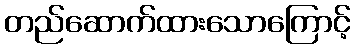
တည်ဆောက်ထားသောကြောင့်